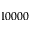
1 0 0 0 0